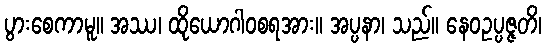
ပွားစေကာမူ။ အဿ၊ ထိုယောဂါဝစရအား။ အပ္ပနာ၊ သည်။ နေဝဥပ္ပဇ္ဇတိ၊